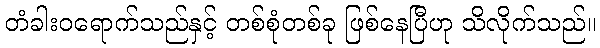
တံခါးဝရောက်သည်နှင့် တစ်စုံတစ်ခု ဖြစ်နေပြီဟု သိလိုက်သည်။